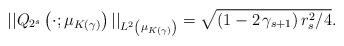
LaTeX: \begin{align*} ||Q_{2^s}\left(\cdot;\mu_{K(\gamma)}\right)||_{L^{2}\left(\mu_{K(\gamma)}\right)}=\sqrt{(1-2\,\gamma_{s+1})\,r_s^2/4}. \end{align*}